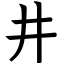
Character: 井